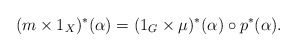
\begin{align*}(m\times 1_X)^*(\alpha)=(1_G\times\mu)^*(\alpha)\circ p^*(\alpha).\end{align*}